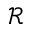
\mathcal { R }